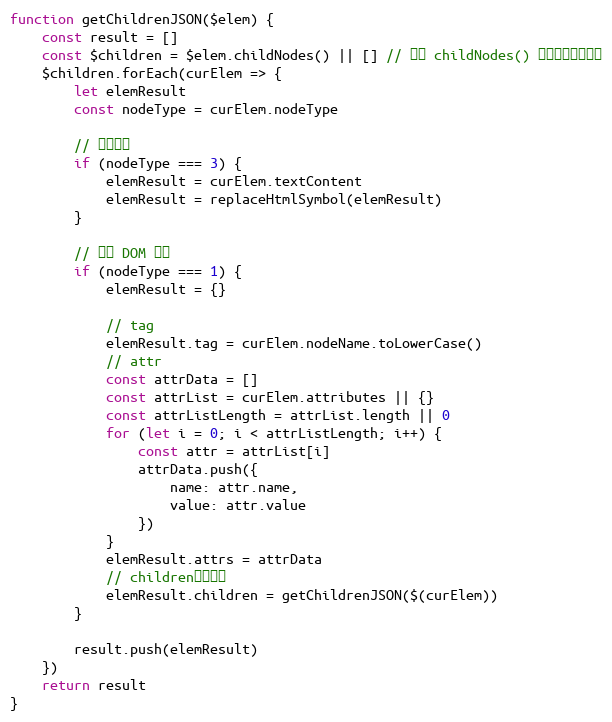
Language: JavaScript
function getChildrenJSON($elem) {
    const result = []
    const $children = $elem.childNodes() || [] // 注意 childNodes() 可以获取文本节点
    $children.forEach(curElem => {
        let elemResult
        const nodeType = curElem.nodeType

        // 文本节点
        if (nodeType === 3) {
            elemResult = curElem.textContent
            elemResult = replaceHtmlSymbol(elemResult)
        }

        // 普通 DOM 节点
        if (nodeType === 1) {
            elemResult = {}

            // tag
            elemResult.tag = curElem.nodeName.toLowerCase()
            // attr
            const attrData = []
            const attrList = curElem.attributes || {}
            const attrListLength = attrList.length || 0
            for (let i = 0; i < attrListLength; i++) {
                const attr = attrList[i]
                attrData.push({
                    name: attr.name,
                    value: attr.value
                })
            }
            elemResult.attrs = attrData
            // children（递归）
            elemResult.children = getChildrenJSON($(curElem))
        }

        result.push(elemResult)
    })
    return result
}